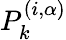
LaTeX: P_{k}^{(i,\alpha)}